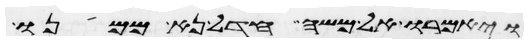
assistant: ויאמרו אל משה חדל נא ממנו